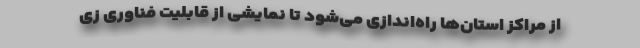
از مراکز استان‌ها راه‌اندازی می‌شود تا نمایشی از قابلیت فناوری زی